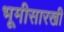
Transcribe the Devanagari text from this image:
भूमीसारखी